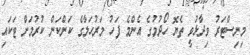
މިނިސްޓަރު ވިދާޅުވީ ތެޔޮ ހޯދުމުގެ އެންމެ ފަހު މަރުހަލާގެ ކަންކަން ކުރުމަށް ޓަކައި